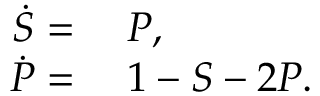
\begin{array} { r l } { \Dot { S } = } & { { } \; P , } \\ { \Dot { P } = } & { { } \; 1 - S - 2 P . } \end{array}